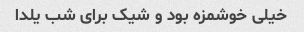
خیلی خوشمزه بود و شیک برای شب یلدا